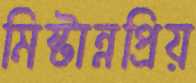
মিষ্টান্নপ্রিয়